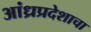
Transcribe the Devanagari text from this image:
आंध्रप्रदेशाचा